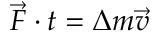
{ \vec { F } } \cdot t = \Delta m { \vec { v } }